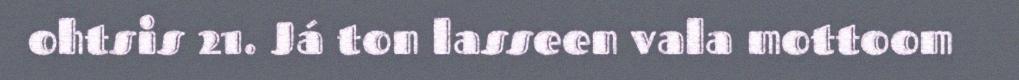
ohtsis 21. Já ton lasseen vala mottoom